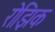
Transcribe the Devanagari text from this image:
रोझिक